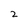
Character: 2